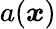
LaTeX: a(\boldsymbol x)